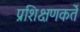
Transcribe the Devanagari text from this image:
प्रशिक्षणकर्ते